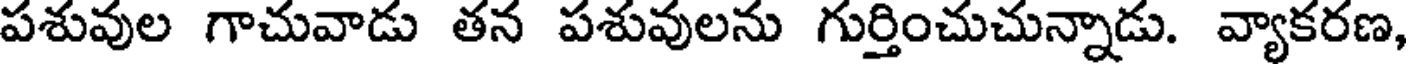
పశువుల గాచువాడు తన పశువులను గుర్తించుచున్నాడు. వ్యాకరణ,